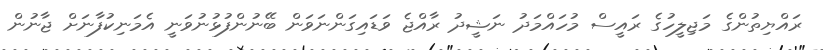
ރައްޔިތުންގެ މަޖިލީހުގެ ރައީސް މުހައްމަދު ނަޝީދު ރާއްޖެ ވަޑައިގަންނަވަން ބޭނުންފުޅުނުވަނީ އެމަނިކުފާނަށް ޖާނުން